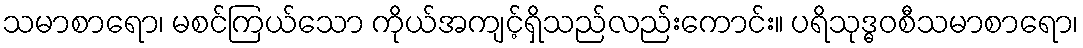
သမာစာရော၊ မစင်ကြယ်သော ကိုယ်အကျင့်ရှိသည်လည်းကောင်း။ ပရိသုဒ္ဓဝစီသမာစာရော၊